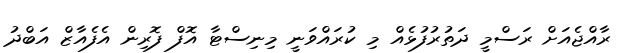
ރާއްޖެއަށް ރަސްމީ ދަތުރުފުޅެއް މި ކުރައްވަނީ މިނިސްޓާ އޮފް ފޮރިން އެފެއާޒް އަބްދު